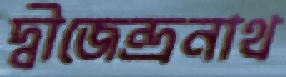
দ্বীজেন্দ্রনাথ